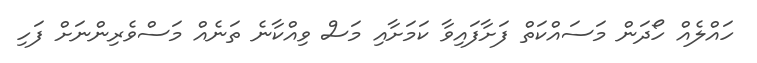
ހައްލެއް ހޯދަން މަސައްކަތް ފަށާފައިވާ ކަމަށާއި މަސް ވިއްކާނެ ތަނެއް މަސްވެރިންނަށް ފަހި